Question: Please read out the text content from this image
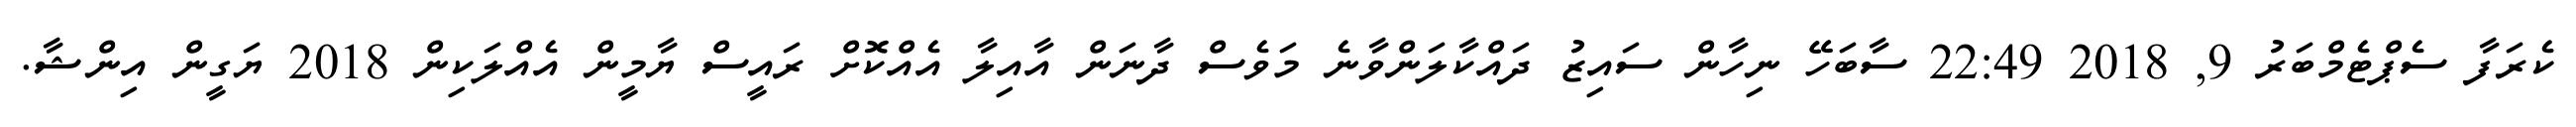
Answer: ކެރަފާ ސެޕްޓެމްބަރު 9, 2018 22:49 ސާބަހޭ ނިހާން ސައިޒު ދައްކާލަންވާނެ މަވެސް ދާނަން އާއިލާ އެއްކޮށް ރައީސް ޔާމީން އެއްލަކިން 2018 ޔަގީން އިންޝާ.